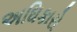
અઘિકારો